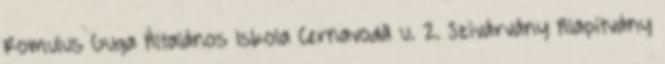
Romulus Guga Általános Iskola Cernavodă u. 2. Szivárvány Alapítvány